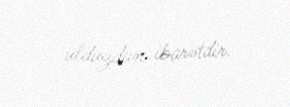
ulduzdan ibarətdir.